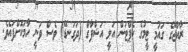
ރާއްޖޭގެ ގައުމީ ޓީމުގެ ކެޕްޓަން އަލީ އަޝްފާގް (ދަގަނޑޭ) ވެސް ވަނީ ހާމަކޮށްފައެވެ.